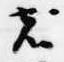
者